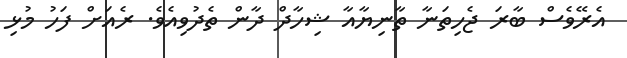
އެރޭވެސް ބާރަ ޖެހިތަނާ ތާނިޔާއާ ޝިހާދް ދާން ތެދުވިއެވެ. ރެއަށް ފަހު މުޅި